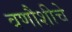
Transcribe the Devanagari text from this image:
वणौशीचे